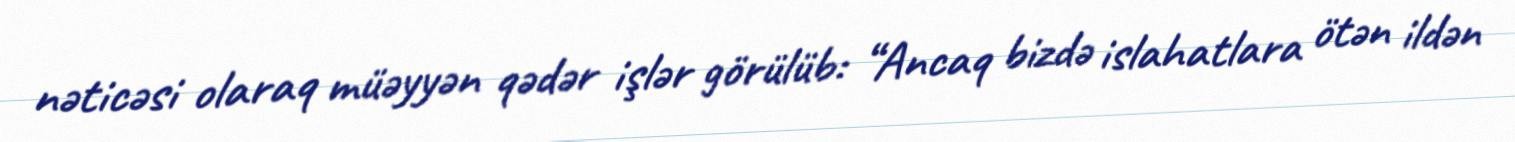
nəticəsi olaraq müəyyən qədər işlər görülüb: “Ancaq bizdə islahatlara ötən ildən